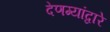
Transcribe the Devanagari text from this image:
देणग्यांद्वारे